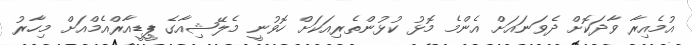
އުމެއިރާ ވާދަކޮށް ދެވަނައަށް އެންމެ މޮޅު ކުޅުންތެރިއަކަށް ހޮވުނީ މެލޭޝިއާގެ ޕީޑީއާރްއެމްއަށް މިހާރު